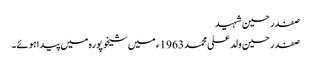
صفدر حسین شہید
صفدر حسین ولد علی محمد 1963ء میں شیخوپورہ میں پیدا ہوئے۔